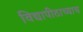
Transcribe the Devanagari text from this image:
विद्यापीठाच्याच